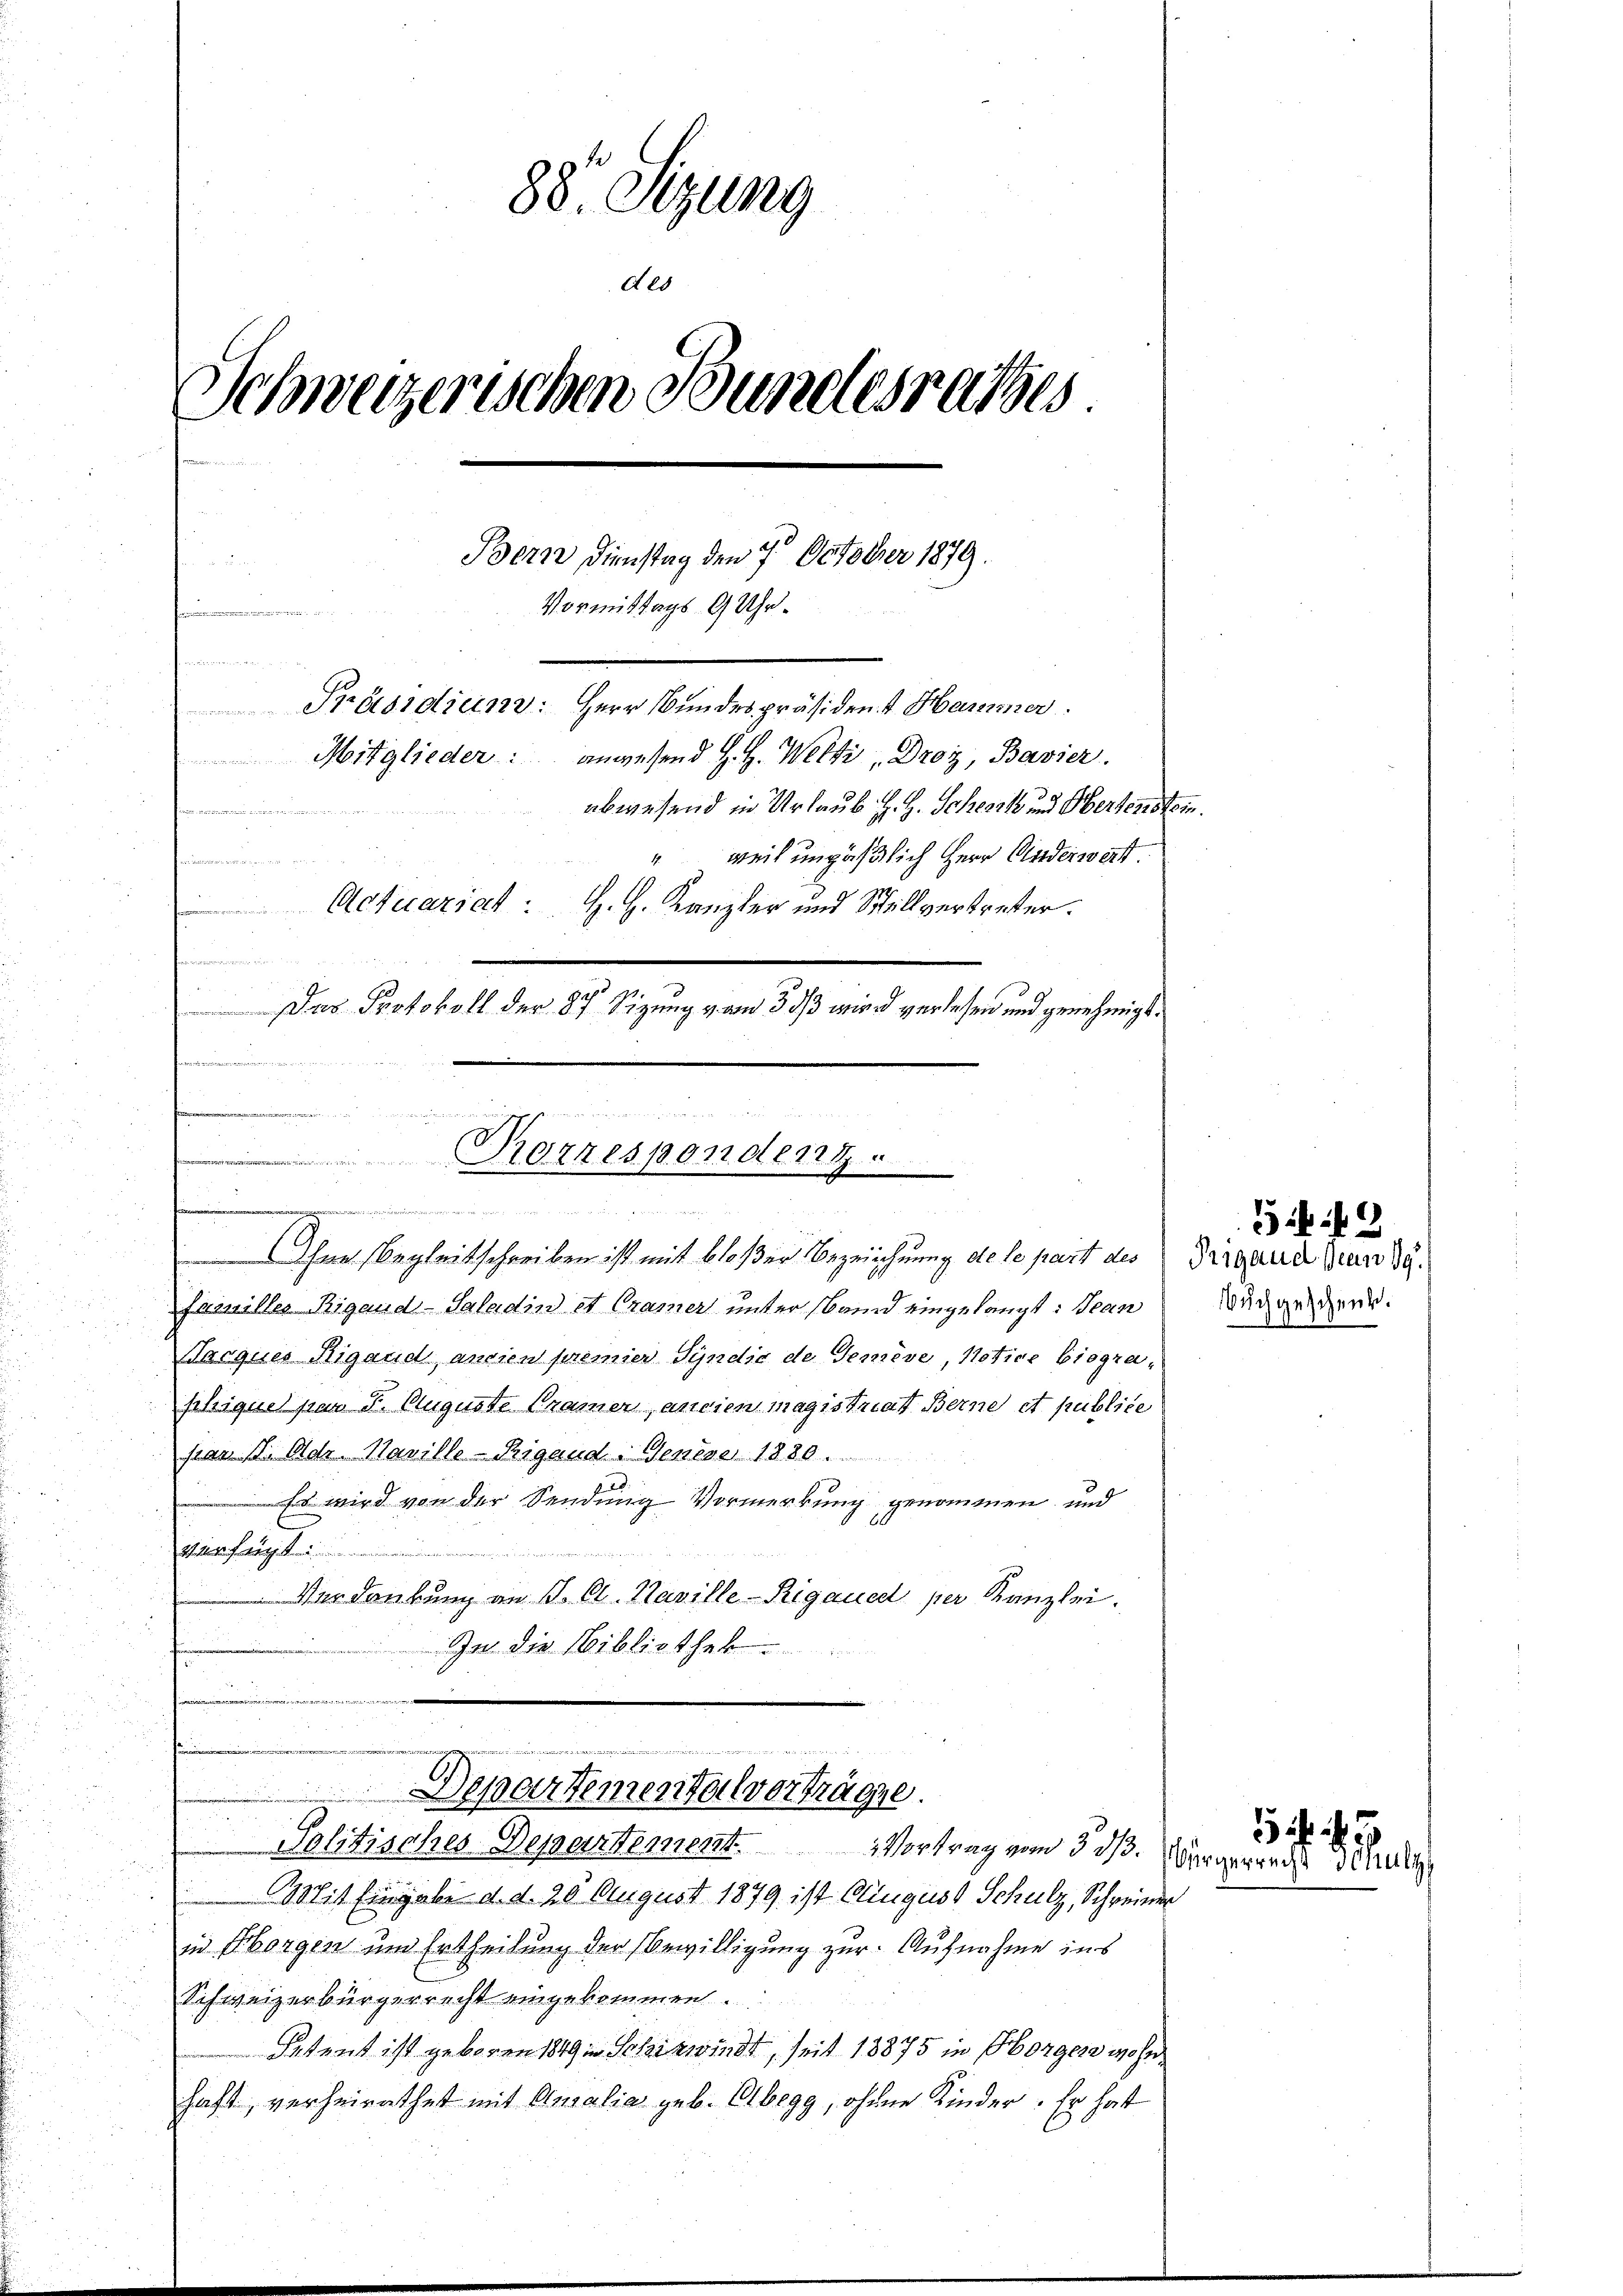
88. Sitzung
des
Schweizerischen Bundesrathes
Bern, Dienstag den 7. October 1879.
Vormittags 9 Uhr.

 werden der Sachen
Präsidiens: Herr Bundespräsident Hammer.
Mitglieder: angesend H. H. Welti Droz, Bavier.
abwesend in Urlaub H. H. Scheck und Hertenstein.
e
" weil unpäßlich Herr Kinderwart.
e
Actuariat H. H. Kanzler und Stellvertreter.
heinen
 Das Protokoll der 87 Sizung vom 3. ds wird verlesen und genehmigt.

2
spfenningen
0zrespondert a
e

Ohne Begleitschreiben ist mit bloßer Bezeichnung die le part des
Familler Rigand-Saladin et Cramer unter Band eingelangt: Jean
Nroques Sigand, ancien premier Sÿndic de Temeve, Notice biogra-
pliques pran F. Auguste Cramer, ancien magistriat Berne et publice
par d. Oder Manille-Rigand. Genève 1880.
Es wird von der Sendung Vormerkung genommen und
24. Fert
n
Verdankung an J. C. Naville-Rigaued per Kanzlei.
Ja die Bibliothek
e
d
über der der Mutter Wertheit der
Departementalverträge.
Politisches Departement. Vortrag vom 3. ds.
Mit Eingabe d. d. 20. August 1879 ist Cliugust Schulz, Schreiner
in Sorgen um Ertheilung der Bewilligung zur Aufnahme ins
Schweizerbürgerrecht eingekommen.
Petent ist geboren 1849 in Schirwindt, seit 18875 in Sorgen wohn
haft, verheirathet mit Ausalia geb. Elbegg, ohnen Kinder. Er hat

43
Prigand Jean 19.
uchgeschenk.

3 f 45
Bürgerrecht Schulz